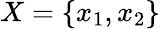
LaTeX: X=\{ x_{1},x_{2}\}